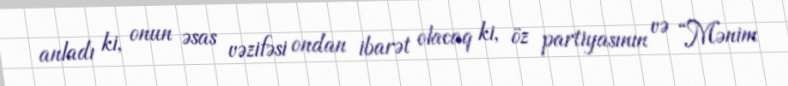
anladı ki, onun əsas vəzifəsi ondan ibarət olacaq ki, öz partiyasının və “Mənim